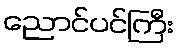
ညောင်ပင်ကြီး